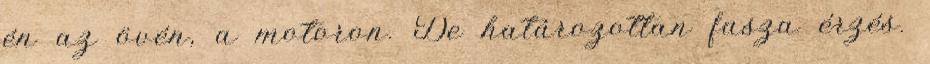
én az övén, a motoron. De határozottan fasza érzés.